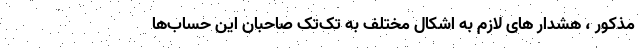
مذکور ، هشدار های لازم به اشکال مختلف به تک‌تک صاحبان این حساب‌ها